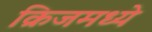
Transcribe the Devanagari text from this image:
क्रिजमध्ये